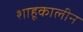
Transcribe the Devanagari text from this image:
शाहूकालीन